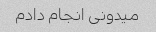
میدونی انجام دادم